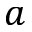
a